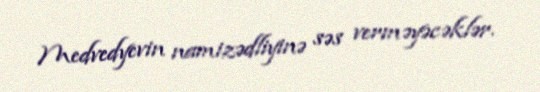
Medvedyevin namizədliyinə səs verməyəcəklər.